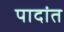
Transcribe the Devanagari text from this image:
पादांत